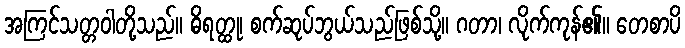
အကြင်သတ္တဝါတို့သည်။ ဓိရတ္ထု၊ စက်ဆုပ်ဘွယ်သည်ဖြစ်သို့။ ဂတာ၊ လိုက်ကုန်၏။ တေစာပိ